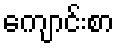
ကျောင်းစာ